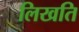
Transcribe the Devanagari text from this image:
लिखति